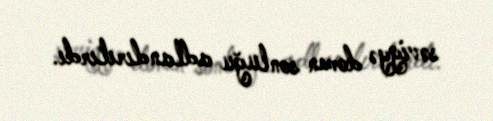
səviyyə domen sonluğu adlandırılırdı.